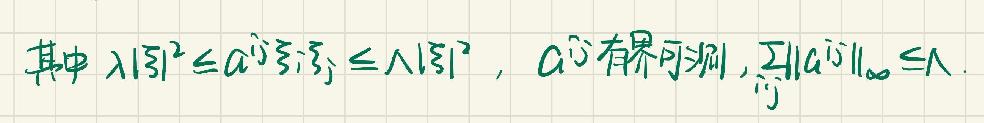
其中 $\lambda|\xi|^{2}\leq a^{ij}\xi_{i}\xi_{j}\leq \Lambda|\xi|^{2}$，$a^{ij}$ 有界可测，$\underset{i,j}{\sum}\|a^{ij}\|_{\infty}\leq \Lambda$ .